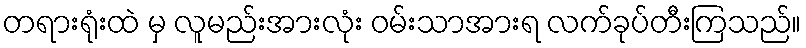
တရားရုံးထဲ မှ လူမည်းအားလုံး ဝမ်းသာအားရ လက်ခုပ်တီးကြသည်။